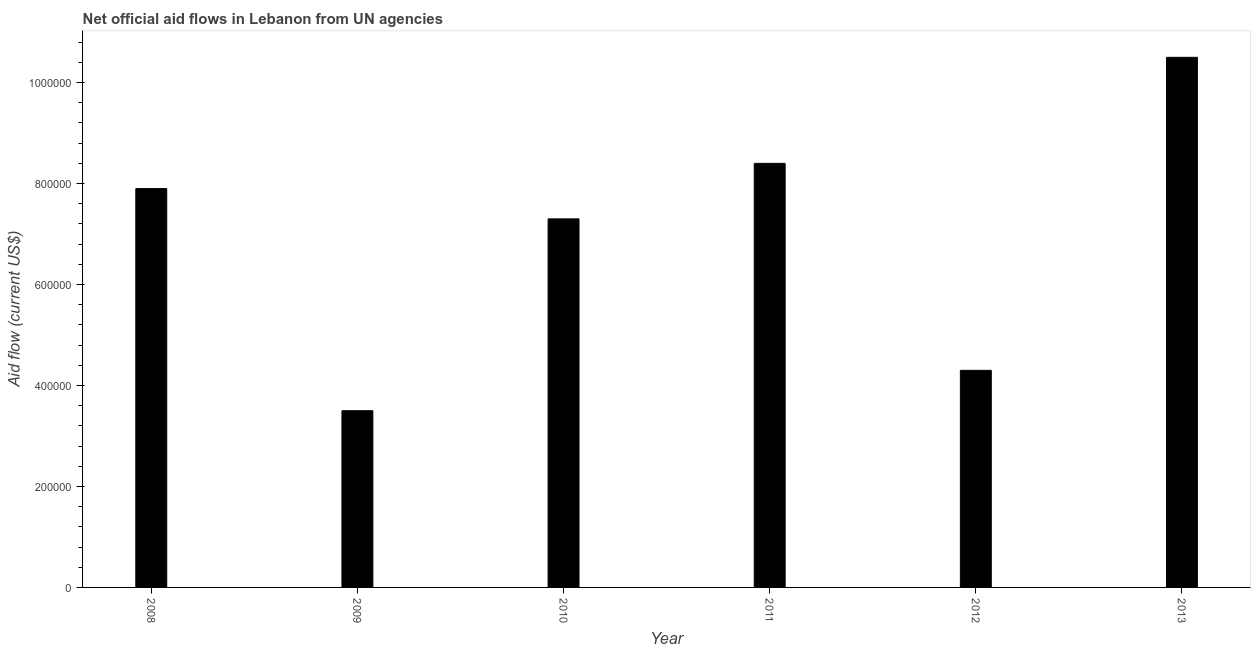
| Year | Net official flows from UN agencies |
 | --- | --- |
 | 2008 | 7.9e+05 |
 | 2009 | 3.5e+05 |
 | 2010 | 7.3e+05 |
 | 2011 | 8.4e+05 |
 | 2012 | 4.3e+05 |
 | 2013 | 1.05e+06 |